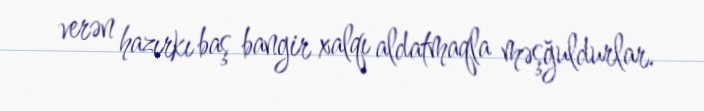
verən hazırkı baş bangir xalqı aldatmaqla məşğuldurlar.